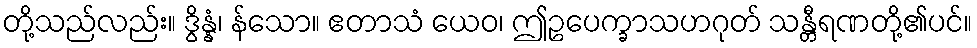
တို့သည်လည်း။ ဒွိန္နံ၊ န်သော။ ဧတာသံ ယေဝ၊ ဤဥပေက္ခာသဟဂုတ် သန္တီရဏတို့၏ပင်။